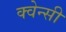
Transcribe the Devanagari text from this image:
क्वेन्सी